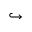
\hookrightarrow